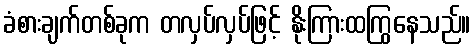
ခံစားချက်တစ်ခုက တလှပ်လှပ်ဖြင့် နိုးကြားထကြွနေသည်။